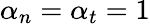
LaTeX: \alpha_{n}=\alpha_{t}=1